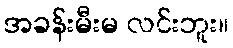
အခန်းမီးမ လင်းဘူး။